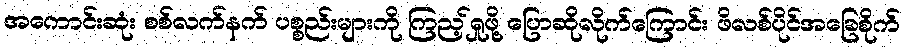
အကောင်းဆုံး စစ်လက်နက် ပစ္စည်းများကို ကြည့်ရှုဖို့ ပြောဆိုလိုက်ကြောင်း ဖိလစ်ပိုင်အခြေစိုက်